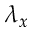
\lambda _ { x }